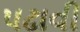
પઢાવી